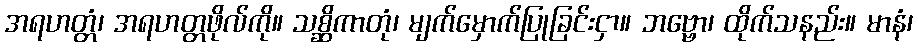
အရဟတ္တံ၊ အရဟတ္တဖိုလ်ကို။ သစ္ဆိကာတုံ၊ မျက်မှောက်ပြုခြင်းငှာ။ ဘဗ္ဗော၊ ထိုက်သနည်း။ မာနံ၊